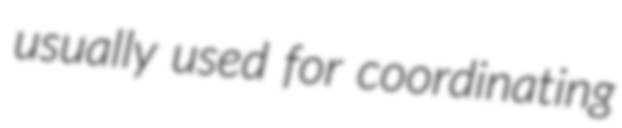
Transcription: usually used for coordinating